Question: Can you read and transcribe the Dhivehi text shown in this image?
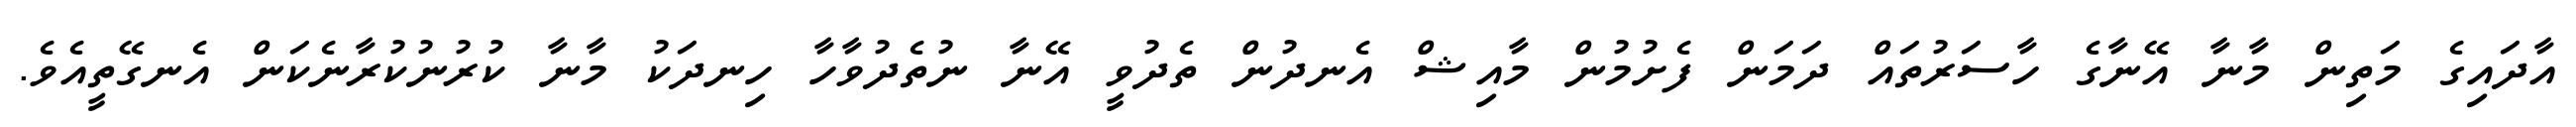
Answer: އާދައިގެ މަތިން މާނާ އޭނާގެ ހާސަރުތައް ދަމަން ފެށުމުން މާއިޝް އެނދުން ތެދުވީ އޭނާ ނުތެދުވާހާ ހިނދަކު މާނާ ކުރުނުކުރާނެކަން އެނގޭތީއެވެ.